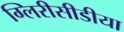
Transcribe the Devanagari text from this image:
ग्लिरीसीडीया